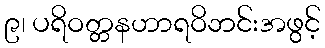
၉၊ ပရိဝတ္တနဟာရဝိဘင်းအဖွင့်